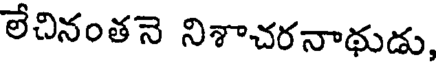
లేచినంతనె నిశాచరనాథుడు,